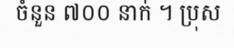
ចំនួន ៧០០ នាក់ ។ ប្រុស